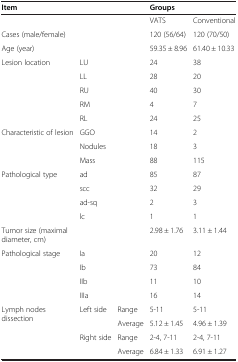
| <COLSPAN=3> Item | <COLSPAN=2> Groups |
 | --- | --- | --- | --- | --- |
 | <COLSPAN=3>  | VATS | Conventional |
 | <COLSPAN=3> Cases (male/female) | 120 (56/64) | 120 (70/50) |
 | <COLSPAN=3> Age (year) | 59.35 ± 8.96 | 61.40 ± 10.33 |
 | Lesion location | <COLSPAN=2> LU | 24 | 38 |
 |  | <COLSPAN=2> LL | 28 | 20 |
 |  | <COLSPAN=2> RU | 40 | 30 |
 |  | <COLSPAN=2> RM | 4 | 7 |
 |  | <COLSPAN=2> RL | 24 | 25 |
 | Characteristic of lesion | <COLSPAN=2> GGO | 14 | 2 |
 |  | <COLSPAN=2> Nodules | 18 | 3 |
 |  | <COLSPAN=2> Mass | 88 | 115 |
 | Pathological type | <COLSPAN=2> ad | 85 | 87 |
 |  | <COLSPAN=2> scc | 32 | 29 |
 |  | <COLSPAN=2> ad-sq | 2 | 3 |
 |  | <COLSPAN=2> lc | 1 | 1 |
 | <COLSPAN=3> Tumor size (maximal diameter, cm) | 2.98 ± 1.76 | 3.11 ± 1.44 |
 | Pathological stage | <COLSPAN=2> Ia | 20 | 12 |
 |  | <COLSPAN=2> Ib | 73 | 84 |
 |  | <COLSPAN=2> IIb | 11 | 10 |
 |  | <COLSPAN=2> IIIa | 16 | 14 |
 | Lymph nodes dissection | Left side | Range | 5-11 | 5-11 |
 |  |  | Average | 5.12 ± 1.45 | 4.96 ± 1.39 |
 |  | Right side | Range | 2-4, 7-11 | 2-4, 7-11 |
 |  |  | Average | 6.84 ± 1.33 | 6.91 ± 1.27 |